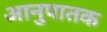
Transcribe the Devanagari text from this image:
आनुपातक